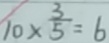
1 0 \times \frac { 3 } { 5 } = 6